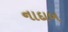
નાદાબ